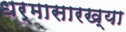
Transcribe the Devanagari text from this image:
धर्मासारख्या